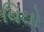
વિઘો